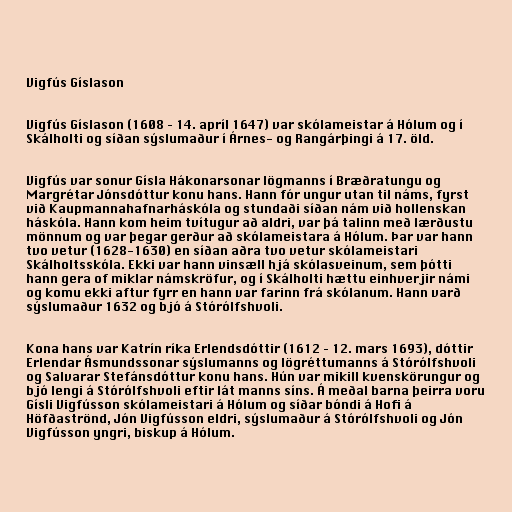
Vigfús Gíslason

Vigfús Gíslason (1608 – 14. apríl 1647) var skólameistar á Hólum og í
Skálholti og síðan sýslumaður í Árnes- og Rangárþingi á 17. öld.

Vigfús var sonur Gísla Hákonarsonar lögmanns í Bræðratungu og
Margrétar Jónsdóttur konu hans. Hann fór ungur utan til náms, fyrst
við Kaupmannahafnarháskóla og stundaði síðan nám við hollenskan
háskóla. Hann kom heim tvítugur að aldri, var þá talinn með lærðustu
mönnum og var þegar gerður að skólameistara á Hólum. Þar var hann
tvo vetur (1628-1630) en síðan aðra tvo vetur skólameistari
Skálholtsskóla. Ekki var hann vinsæll hjá skólasveinum, sem þótti
hann gera of miklar námskröfur, og í Skálholti hættu einhverjir námi
og komu ekki aftur fyrr en hann var farinn frá skólanum. Hann varð
sýslumaður 1632 og bjó á Stórólfshvoli.

Kona hans var Katrín ríka Erlendsdóttir (1612 – 12. mars 1693), dóttir
Erlendar Ásmundssonar sýslumanns og lögréttumanns á Stórólfshvoli
og Salvarar Stefánsdóttur konu hans. Hún var mikill kvenskörungur og
bjó lengi á Stórólfshvoli eftir lát manns síns. Á meðal barna þeirra voru
Gísli Vigfússon skólameistari á Hólum og síðar bóndi á Hofi á
Höfðaströnd, Jón Vigfússon eldri, sýslumaður á Stórólfshvoli og Jón
Vigfússon yngri, biskup á Hólum.